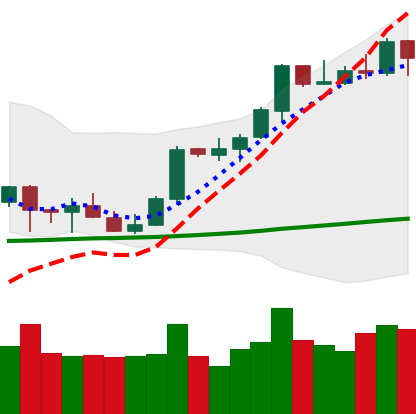
Ticker: BTC-USD
Chart end date: 2021-10-12
Forward return: 9.837%
Label: up_7plus